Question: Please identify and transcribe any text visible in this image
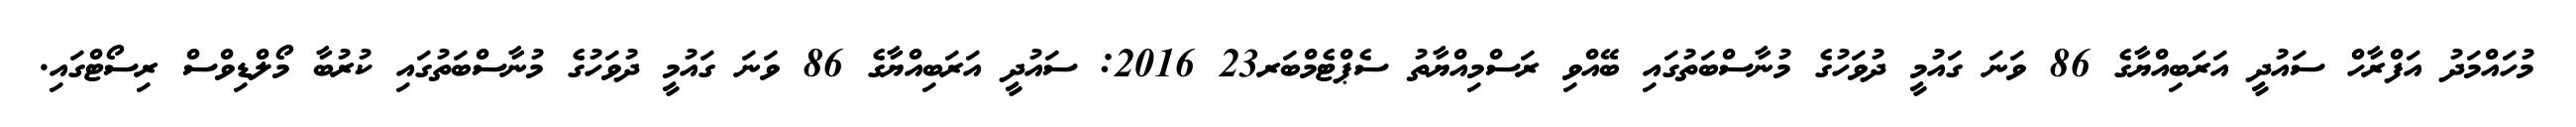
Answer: މުހައްމަދު އަފްރާހް ސައުދީ އަރަބިއްޔާގެ 86 ވަނަ ގައުމީ ދުވަހުގެ މުނާސްބަތުގައި ބޭއްވި ރަސްމިއްޔާތު ސެޕްޓެމްބަރ23 2016: ސައުދީ އަރަބިއްޔާގެ 86 ވަނަ ގައުމީ ދުވަހުގެ މުނާސްބަތުގައި ކުރުބާ މޯލްޑިވްސް ރިސޯޓްގައި.